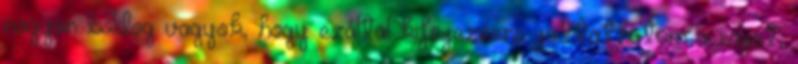
nagyon boldog vagyok, hogy ezáltal kifejezésre juttathatom a saját,